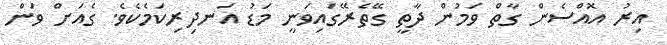
އިރު އޮއްސެން ގާތް ވަމުން ދާތީ ގޭތެރޭގައިވަނީ މަޑު އަނދިރިކަމެކެވެ. ގެއަށް ވަން